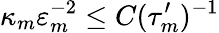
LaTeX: \kappa_{m}\varepsilon_{m}^{-2}\leq C(\tau_{m}^{\prime})^{-1}